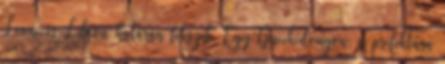
Leone és Libéria határán fekszik. Egy Guéckédougou, a prefektúra